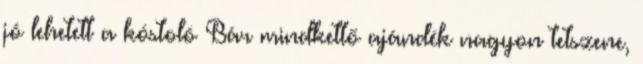
jó lehetett a kóstoló Bár mindkettő ajándék nagyon tetszene,